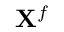
\mathbf { X } ^ { f }